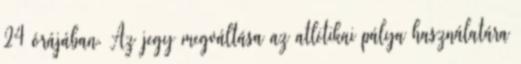
24 órájában. Az jegy megváltása az atlétikai pálya használatára